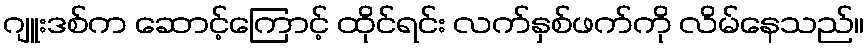
ဂျူးဒစ်က ဆောင့်ကြောင့် ထိုင်ရင်း လက်နှစ်ဖက်ကို လိမ်နေသည်။